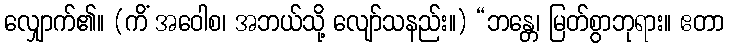
လျှောက်၏။ (ကိံ အဝေါစ၊ အဘယ်သို့ လျော်သနည်း။) “ဘန္တေ၊ မြတ်စွာဘုရား။ ဧတာ